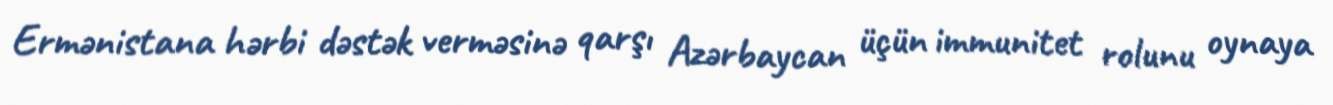
Ermənistana hərbi dəstək verməsinə qarşı Azərbaycan üçün immunitet rolunu oynaya